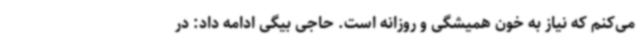
می‌کنم که نیاز به خون همیشگی و روزانه است. حاجی بیگی ادامه داد: در